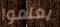
يعلموا